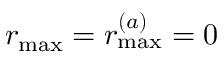
r _ { \operatorname* { m a x } } = r _ { \operatorname* { m a x } } ^ { ( a ) } = 0